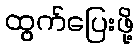
ထွက်ပြေးဖို့